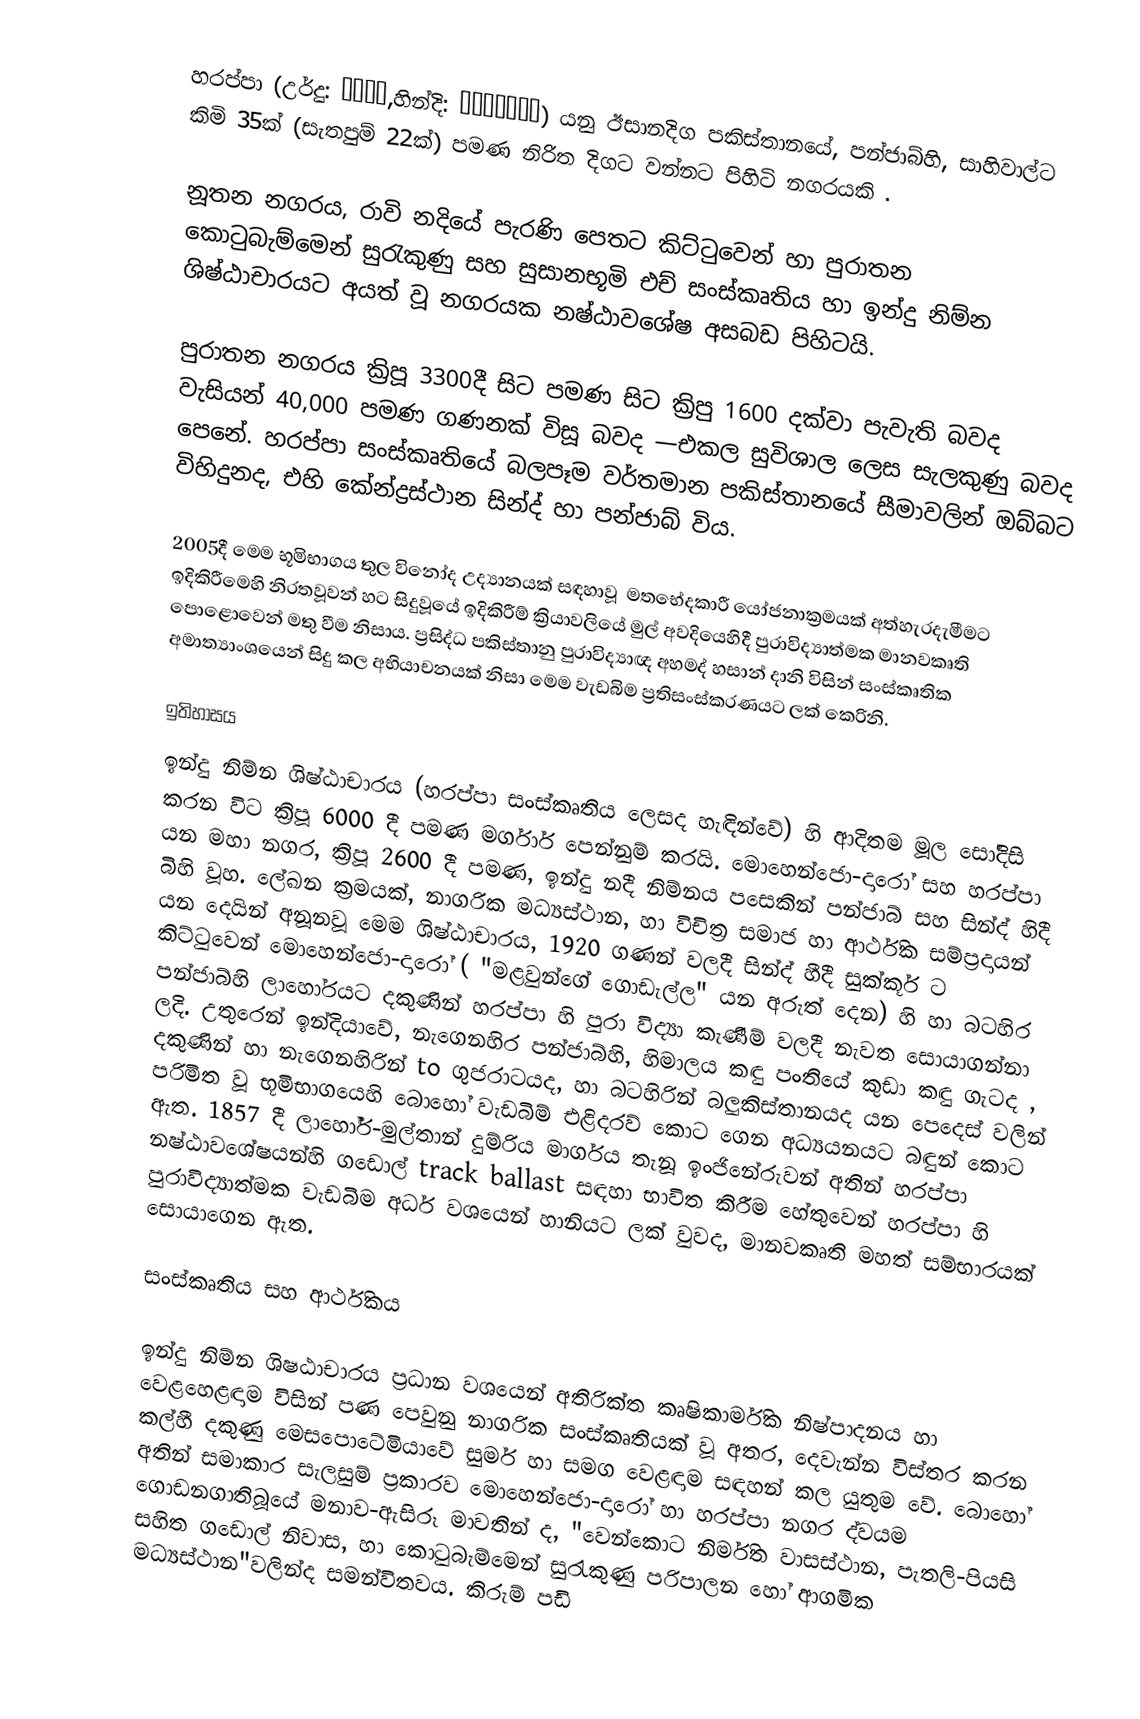
හරප්පා (උර්දු: ہڑپہ,හින්දි: हड़प्पा) යනු ඊසානදිග පකිස්තානයේ, පන්ජාබ්හි, සාහිවාල්ට කිමි 35ක් (සැතපුම් 22ක්) පමණ නිරිත දිගට වන්නට පිහිටි නගරයකි .

නූතන නගරය, රාවි නදියේ පැරණි පෙතට කිට්ටුවෙන් හා පුරාතන කොටුබැම්මෙන් සුරැකුණු සහ සුසානභූමි එච් සංස්කෘතිය හා ඉන්දු නිම්න ශිෂ්ඨාචාරයට අයත් වූ නගරයක නෂ්ඨාවශේෂ අසබඩ පිහිටයි.

පුරාතන නගරය ක්‍රිපූ 3300දී සිට පමණ සි‍ට  ක්‍රිපු 1600 දක්වා පැවැති බවද වැසියන් 40,000 පමණ ගණනක් විසූ බවද —එකල සුවිශාල ලෙස සැලකුණු බවද පෙනේ. හරප්පා සංස්කෘතියේ බලපෑම වර්තමාන පකිස්තානයේ සීමාවලින් ඔබ්බට විහිදුනද, එහි කේන්ද්‍රස්ථාන සින්ද් හා පන්ජාබ් විය.

2005දී මෙම භූමිභාගය තුල විනෝද උද්‍යානයක් සඳහාවූ ‍ මතභේදකාරී යෝජනාක්‍රමයක් අත්හැරදැමීමට ඉදිකිරීමෙහි නිරතවූවන් හට සිදුවූයේ ඉදිකිරීම් ක්‍රියාවලියේ මුල් අවදියෙහිදී පුරාවිද්‍යාත්මක මානවකෘති පොළොවෙන් මතු වීම නිසාය. ප්‍රසිද්ධ පකිස්තානු පුරාවිද්‍යාඥ අහමද් හසාන් දානි විසින් සංස්කෘතික අමාත්‍යාංශයෙන් සිදු කල අභියාචනයක් නිසා මෙම වැඩබිම ප්‍රතිසංස්කරණයට ලක් කෙරිනි.

ඉතිහාසය
ඉන්දු නිම්න ශිෂ්ඨාචාරය (හරප්පා සංස්කෘතිය ලෙසද හැඳින්වේ) හි ආදිතම මූල සෝදිසි කරන විට ක්‍රිපූ 6000 දී පමණ මර්ගාර් පෙන්නුම් කරයි. මොහෙන්ජො-දාරෝ සහ හරප්පා යන මහා නගර, ක්‍රිපූ 2600 දී පමණ, ඉන්දු නදී නිම්නය පසෙකින් පන්ජාබ් සහ සින්ද් හිදී බිහි වූහ. ලේඛන ක්‍රමයක්, නාගරික මධ්‍යස්ථාන, හා විචිත්‍ර සමාජ හා ආර්ථික සම්ප්‍රදායන් යන දෙයින් අනූනවූ මෙම ශිෂ්ඨාචාරය, 1920 ගණන් වලදී සින්ද් හීදී සුක්කූර් ට කිට්ටුවෙන් මොහෙන්ජො-දාරෝ ( "මළවුන්ගේ ගොඩැල්ල" යන අරුත් දෙන) හි හා බටහිර පන්ජාබ්හි ලාහෝරයට දකුණින් හරප්පා හි පුරා විද්‍යා කැණීම් වලදී නැවත සොයාගන්නා ලදි. උතුරෙන් ඉන්දියාවේ, නැගෙනහිර පන්ජාබ්හි, හිමාලය කඳු පංතියේ කුඩා කඳු ගැටද , දකුණින් හා නැගෙනහිරින් to ගුජරාටයද, හා බටහිරින් බලුකිස්තානයද යන පෙදෙස් වලින් පරිමිත වූ භූමිභාගයෙහි බොහෝ වැඩබිම් එළිදරව් කොට ගෙන අධ්‍යයනයට බඳුන් කොට ඇත. 1857 දී ලාහෝර්-මුල්තාන් දුම්රිය මාර්ගය තැනූ ඉංජිනේරුවන් අතින් හරප්පා නෂ්ඨාවශේෂයන්හි ගඩොල් track ballast සඳහා භාවිත කිරීම හේතුවෙන් හරප්පා හි පුරාවිද්‍යාත්මක වැඩබිම අර්ධ වශයෙන් හානියට ලක් වුවද, මානවකෘති මහත් සම්භාරයක් සොයාගෙන ඇත.

සංස්කෘතිය සහ ආර්ථිකය

ඉන්දු නිම්න ශිෂඨාචාරය ප්‍රධාන වශයෙන් අතිරික්ත කෘෂිකාර්මික නිෂ්පාදනය හා වෙළහෙළඳාම විසින් පණ පෙවුනු නාගරික සංස්කෘතියක් වූ අතර, දෙවැන්න විස්තර කරන කල්හී දකුණු මෙසපොටේමියාවේ සුමර් හා සමග වෙළඳාම සඳහන් කල යුතුම වේ. බොහෝ අතින් සමාකාර සැලසුම් ප්‍රකාරව මොහෙන්ජො-දාරෝ හා හරප්පා නගර ද්වයම ගොඩනගාතිබූයේ මනාව-ඇසිරූ මාවතින් ද, "වෙන්කොට නිර්මිත වාසස්ථාන, පැතලි-පියසි සහිත ගඩොල් නිවාස, හා කොටුබැම්මෙන් සුරැකුණු පරිපාලන හෝ ආගමික මධ්‍යස්ථාන"වලින්ද සමන්විතවය.  කිරුම් පඩි